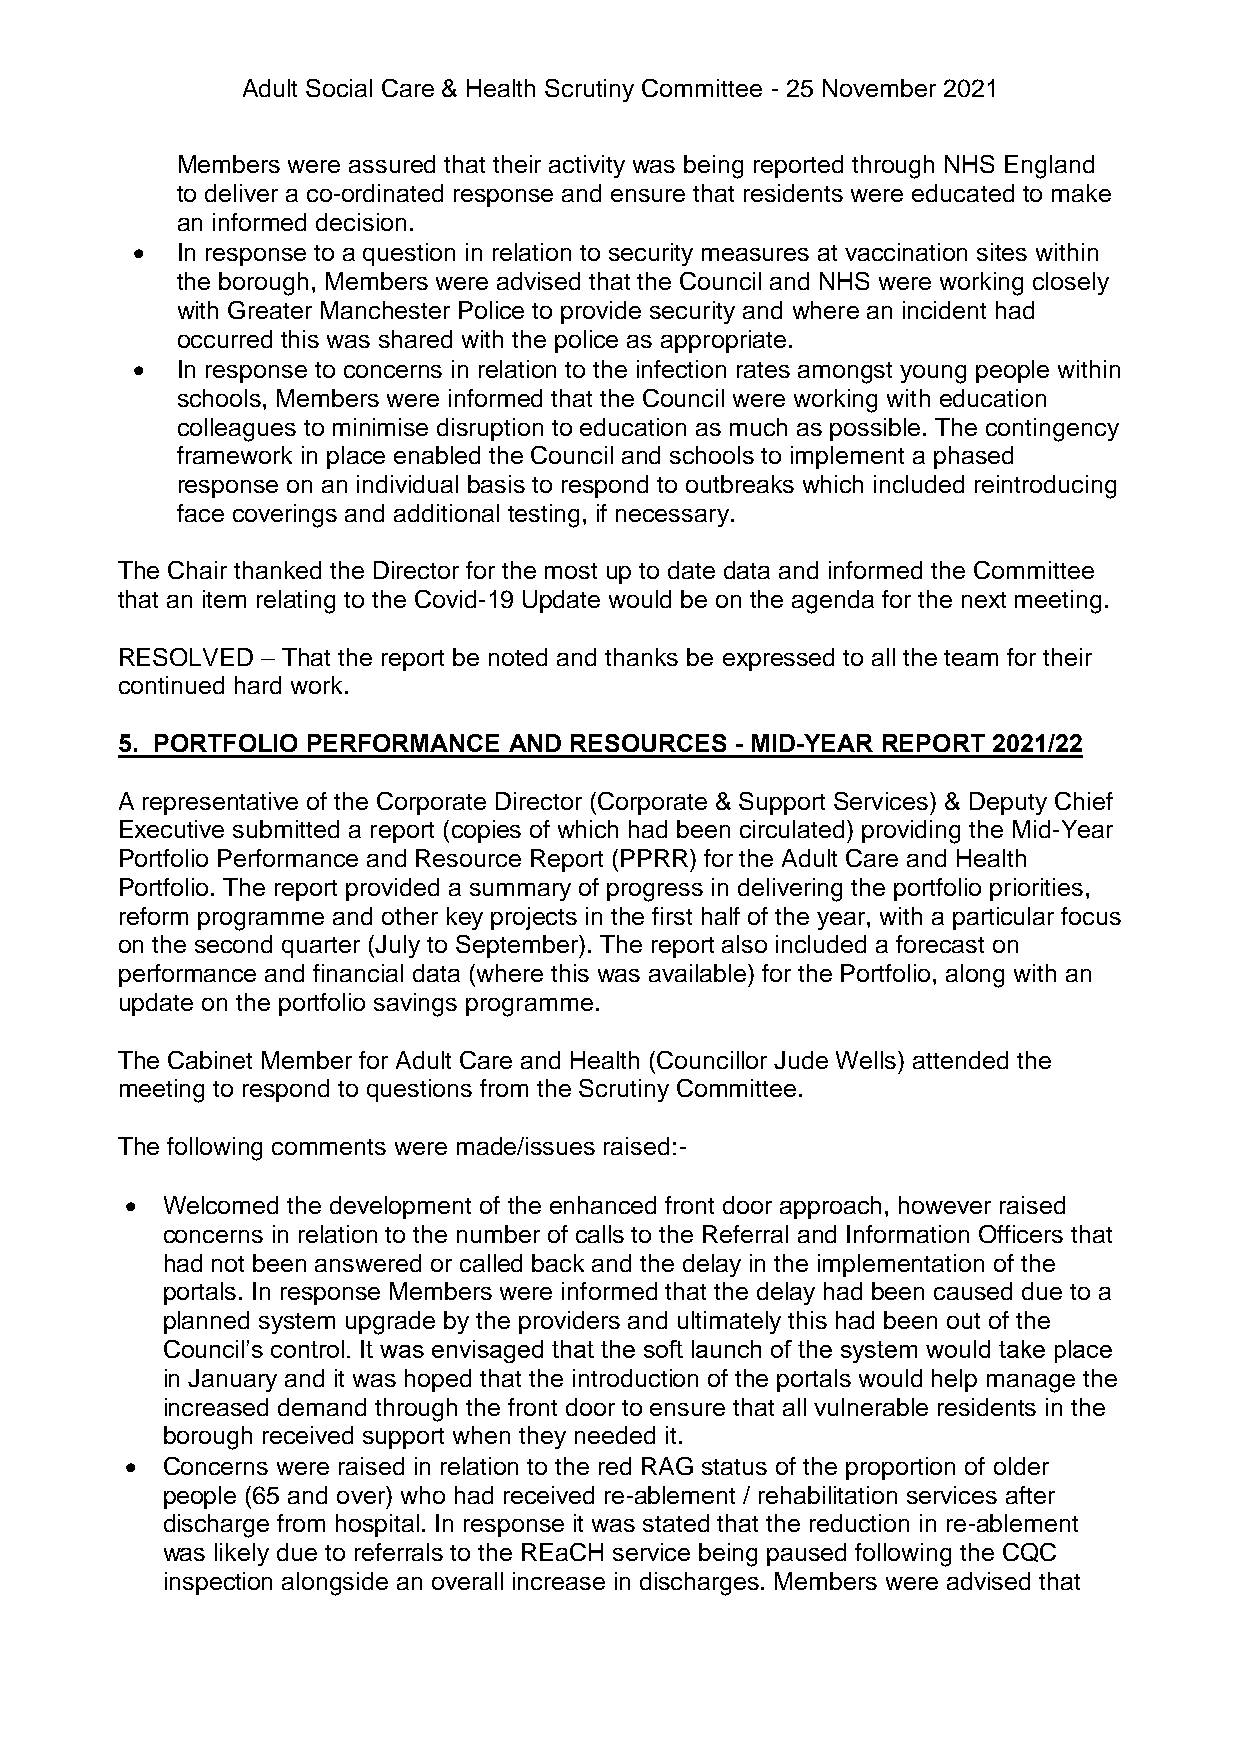
Adult Social Care & Health Scrutiny Committee - 25 November 2021
 Members were assured that their activity was being reported through NHS England
 to deliver a co-ordinated response and ensure that residents were educated to make
 an informed decision.
   In response to a question in relation to security measures at vaccination sites within
 the borough, Members were advised that the Council and NHS were working closely
 with Greater Manchester Police to provide security and where an incident had
 occurred this was shared with the police as appropriate.
   In response to concerns in relation to the infection rates amongst young people within
 schools, Members were informed that the Council were working with education
 colleagues to minimise disruption to education as much as possible. The contingency
 framework in place enabled the Council and schools to implement a phased
 response on an individual basis to respond to outbreaks which included reintroducing
 face coverings and additional testing, if necessary.
 The Chair thanked the Director for the most up to date data and informed the Committee
 that an item relating to the Covid-19 Update would be on the agenda for the next meeting.
 RESOLVED – That the report be noted and thanks be expressed to all the team for their
 continued hard work.
 5. PORTFOLIO PERFORMANCE  AND RESOURCES  - MID-YEAR REPORT 2021/22
 A representative of the Corporate Director (Corporate & Support Services) & Deputy Chief
 Executive submitted a report (copies of which had been circulated) providing the Mid-Year
 Portfolio Performance and Resource Report (PPRR) for the Adult Care and Health
 Portfolio. The report provided a summary of progress in delivering the portfolio priorities,
 reform programme and other key projects in the first half of the year, with a particular focus
 on the second quarter (July to September). The report also included a forecast on
 performance and financial data (where this was available) for the Portfolio, along with an
 update on the portfolio savings programme.
 The Cabinet Member for Adult Care and Health (Councillor Jude Wells) attended the
 meeting to respond to questions from the Scrutiny Committee.
 The following comments were made/issues raised:-
   Welcomed the development of the enhanced front door approach, however raised
 concerns in relation to the number of calls to the Referral and Information Officers that
 had not been answered or called back and the delay in the implementation of the
 portals. In response Members were informed that the delay had been caused due to a
 planned system upgrade by the providers and ultimately this had been out of the
 Council’s control. It was envisaged that the soft launch of the system would take place
 in January and it was hoped that the introduction of the portals would help manage the
 increased demand through the front door to ensure that all vulnerable residents in the
 borough received support when they needed it.
   Concerns were raised in relation to the red RAG status of the proportion of older
 people (65 and over) who had received re-ablement / rehabilitation services after
 discharge from hospital. In response it was stated that the reduction in re-ablement
 was likely due to referrals to the REaCH service being paused following the CQC
 inspection alongside an overall increase in discharges. Members were advised that